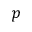
p